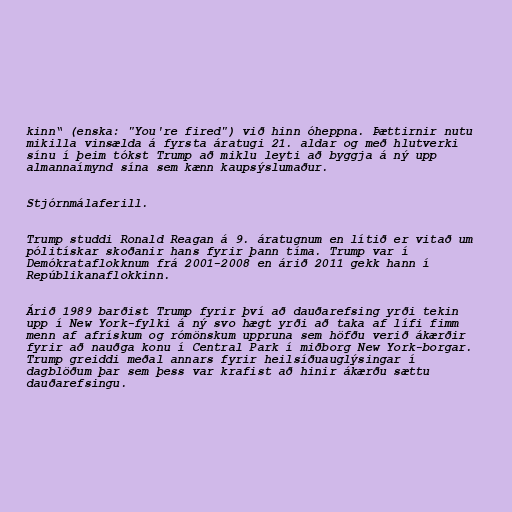
kinn“ (enska: "You're fired") við hinn óheppna. Þættirnir nutu
mikilla vinsælda á fyrsta áratugi 21. aldar og með hlutverki
sínu í þeim tókst Trump að miklu leyti að byggja á ný upp
almannaímynd sína sem kænn kaupsýslumaður.

Stjórnmálaferill.

Trump studdi Ronald Reagan á 9. áratugnum en lítið er vitað um
pólitískar skoðanir hans fyrir þann tíma. Trump var í
Demókrataflokknum frá 2001-2008 en árið 2011 gekk hann í
Repúblikanaflokkinn.

Árið 1989 barðist Trump fyrir því að dauðarefsing yrði tekin
upp í New York-fylki á ný svo hægt yrði að taka af lífi fimm
menn af afrískum og rómönskum uppruna sem höfðu verið ákærðir
fyrir að nauðga konu í Central Park í miðborg New York-borgar.
Trump greiddi meðal annars fyrir heilsíðuauglýsingar í
dagblöðum þar sem þess var krafist að hinir ákærðu sættu
dauðarefsingu.